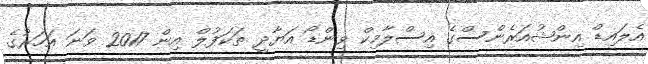
އެލައިޑް އިންޝުއަރެންސްގެ އިސްލާމިކް ވިންޑޯ އަޔާދީ ތަކަފުލް އިން 2017 ވަނަ އަހަރުގެ